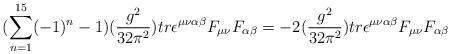
LaTeX: \begin{align*}(\sum_{n=1}^{15}(-1)^{n}-1)(\frac{g^{2}}{32\pi^{2}})tr \epsilon^{\mu\nu\alpha\beta}F_{\mu\nu}F_{\alpha\beta}= -2 (\frac{g^{2}}{32\pi^{2}})tr \epsilon^{\mu\nu\alpha\beta}F_{\mu\nu}F_{\alpha\beta}\end{align*}